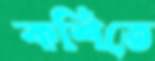
কশিতে